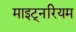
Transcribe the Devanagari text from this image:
माइट्नरियम